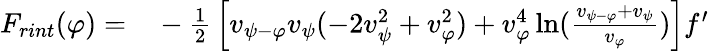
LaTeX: \begin{array}{rl}{F_{rint}(\varphi)=}&{{}-{\frac{1}{2}}\left[v_{{{\psi}}-\varphi}v_{{\psi}}(-2v_{{\psi}}^{2}+v_{\varphi}^{2})+v_{\varphi}^{4}\ln({\frac{v_{{{\psi}}-\varphi}+v_{{\psi}}}{v_{\varphi}}})\right]f^{\prime}}\end{array}